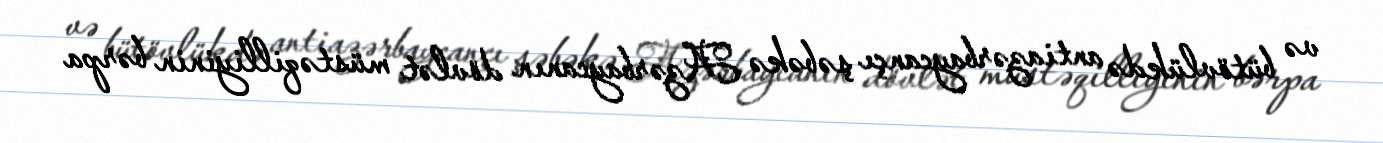
və bütövlükdə antiazərbaycançı şəbəkə Azərbaycanın dövlət müstəqilliyinin bərpa